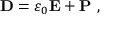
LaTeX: \mathbf { D } = \varepsilon _ { 0 } \mathbf { E } + \mathbf { P } \ ,